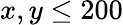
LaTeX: x,y\leq 200